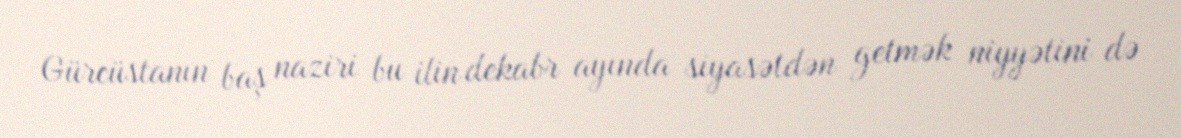
Gürcüstanın baş naziri bu ilin dekabr ayında siyasətdən getmək niyyətini də